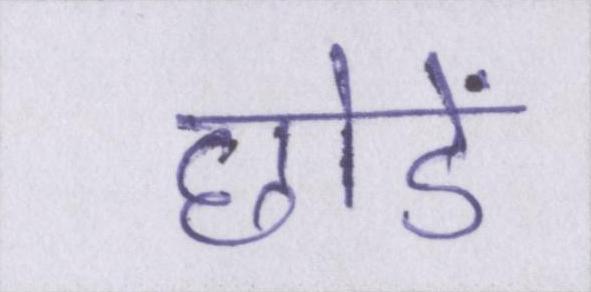
छोडें